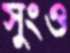
সুংও